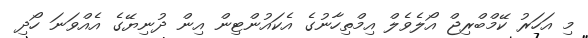
މި އަހަރު ކޭމްބްރިޖް އޯލެވެލް އިމްތިހާނުގެ އެކައުންޓިން އިން ދުނިޔޭގެ އެއްވަނަ ހޯދި